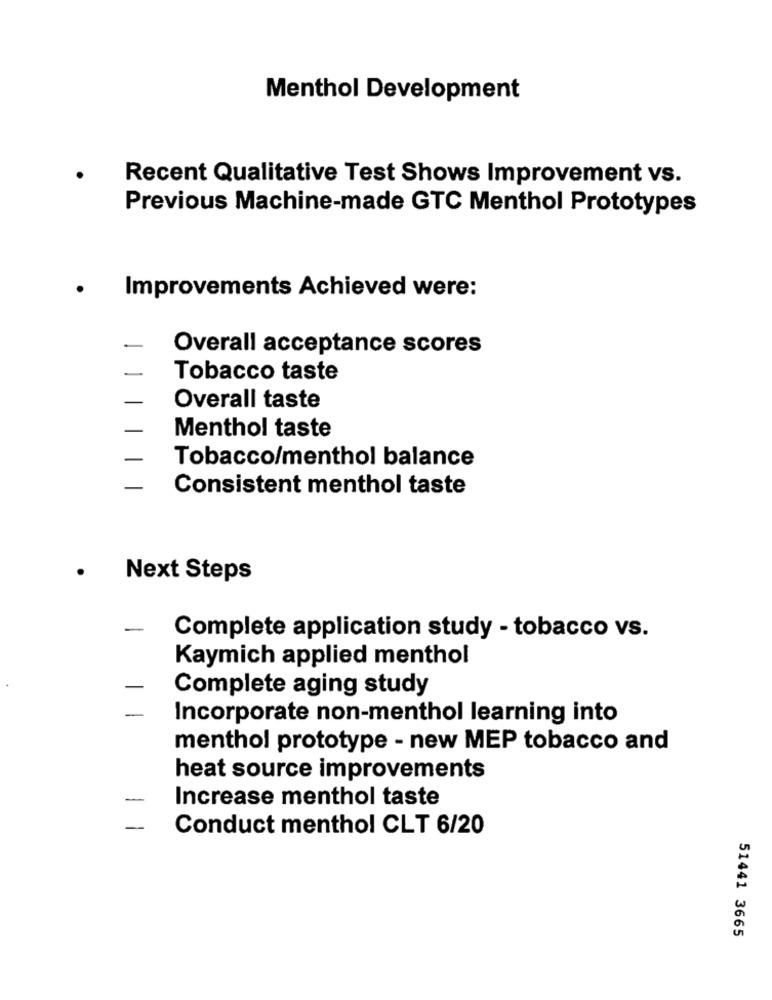
Menthol Development
Recent Qualitative Test Shows Improvement vs.
Previous Machine-made GTC Menthol Prototypes
·
Improvements Achieved were:
Overall acceptance scores
Tobacco taste
Overall taste
Menthol taste
Tobacco/menthol balance
Consistent menthol taste
Next Steps
-
Complete application study - tobacco vs.
Kaymich applied menthol
Complete aging study
-
Incorporate non-menthol learning into
menthol prototype - new MEP tobacco and
heat source improvements
-
Increase menthol taste
Conduct menthol CLT 6/20
51441 3665